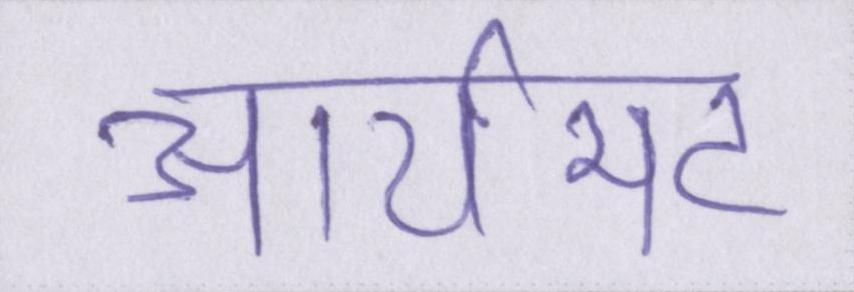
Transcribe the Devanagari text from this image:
आर्यभट